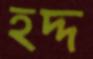
হদ্দ